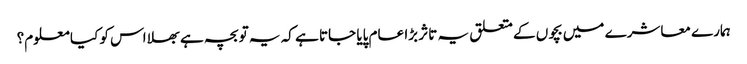
ہمارے معاشرے میں بچوں کے متعلق یہ تاثر بڑا عام پایا جاتا ہے کہ یہ تو بچہ ہے بھلا اس کو کیا معلوم؟